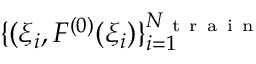
\{ ( \xi _ { i } , F ^ { ( 0 ) } ( \xi _ { i } ) \} _ { i = 1 } ^ { N _ { \mathrm { ~ t ~ r ~ a ~ i ~ n ~ } } }